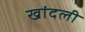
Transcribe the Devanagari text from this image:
खांदली